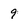
Character: 9